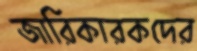
জারিকারকদের